Scottish Leaving Certificate Examination, 1961
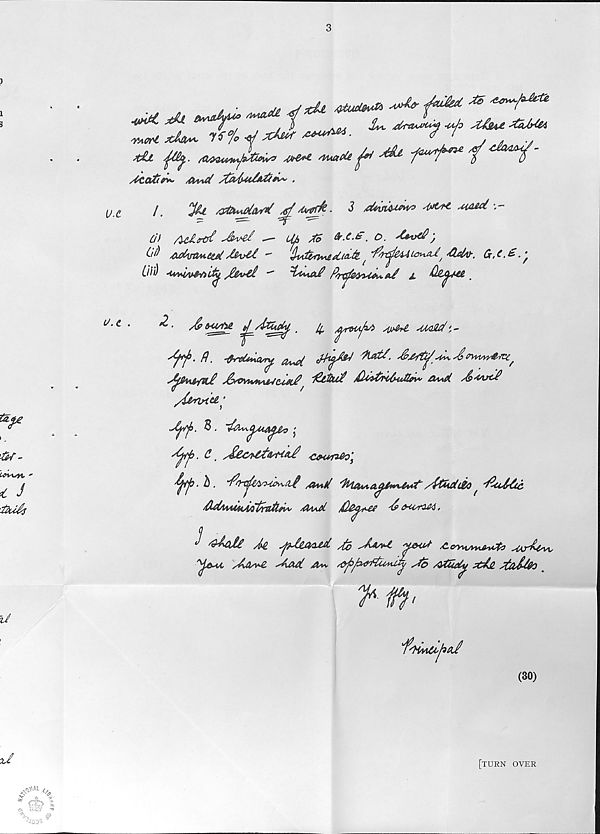
/
Xu jfauvuy *Jo x&u -taj*
^ xU~ n% ^*A*r *******
—-7*7
4£jl n
am**- 'luaote ^
'j
/(CCvftr*- Akvid sfakufa&A*' •
l
^£1
^ Av&rfe -
3 tfkmMfn® sfatf€ ,HA&d *,-
Cii AcAirC^
Lhh J5 &*■£. o. sUvt#)
(■ i^ A^btSM&td J&v&C "
i^/n^4ALo^jiI^ 'Oxlv-. Cc,C.£.^
Liid
sC&v&P
fir^efriAet*&i a. OjS^A€£.
^ ■
/&MM ^/foucbj, .
^ ^n>uf*s> AM^e MMd ',-
y ffl- ft ■ -fireU^Cbry
nwvy&xz,
*^A&{SlJ! *6v0Vtv>wAVC,<Jtj# PaMP? /)AAtM&u8tv*' a*\d y^Axtcft
/{emnce.;
a^/ j > - ®
j
^G&cvfZ&O]
'fyj 0 • ^ • "^O^AnAOv^Ai sOtoll
/PfcrtlJZO ( 'Pto&uc
'fofoMAHM'tm&fiU' /GaaJ)1 /Q&^ee As <xcriM,
J ^ai£ /fa ^Ct&ud Jo
yeu* ALe^^Oo MrUw
a** ^f*&i c £u*ii£y Jo /tfUy xJn JaJJfo
>
'■'
(30)
[turn over